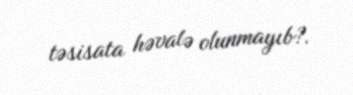
təsisata həvalə olunmayıb?.